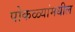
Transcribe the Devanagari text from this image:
पोकळ्यांमधील